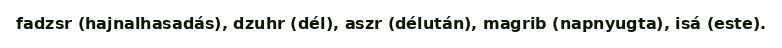
fadzsr (hajnalhasadás), dzuhr (dél), aszr (délután), magrib (napnyugta), isá (este).